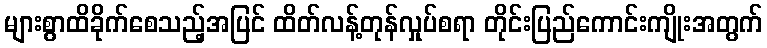
များစွာထိခိုက်စေသည့်အပြင် ထိတ်လန့်တုန်လှုပ်စရာ တိုင်းပြည်ကောင်းကျိုးအတွက်